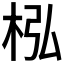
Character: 𣐜